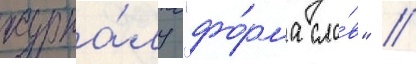
журна́лу "фо́рма сло́в" //